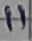
Text: 11